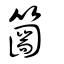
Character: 𥳙